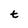
Character: t